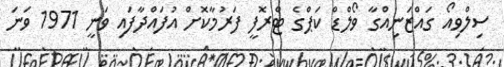
ސިލްވިއޯ ގައްޒަނިއްގާ ވޯލްޑް ކަޕްގެ ޓްރޮފީ ފަރުމާކޮށް އުފައްދާފައި ވަނީ 1971 ވަނަ